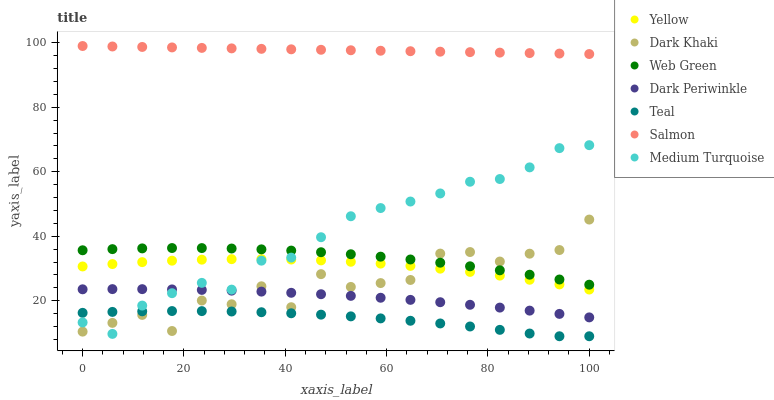
| xaxis_label | Yellow | Dark Khaki | Web Green | Dark Periwinkle | Teal | Salmon | Medium Turquoise |
 | --- | --- | --- | --- | --- | --- | --- | --- |
 | 0 | 30.6 | 10.4 | 35.7 | 23.6 | 16.3 | 99 | 13.3 |
 | 5.88 | 31.4 | 13.1 | 36 | 23.6 | 16.5 | 98.9 | 9.73 |
 | 11.8 | 32 | 15.6 | 36.2 | 23.6 | 16.7 | 98.7 | 18.5 |
 | 17.6 | 32.4 | 10.6 | 36.4 | 23.5 | 16.8 | 98.6 | 22.4 |
 | 23.5 | 32.7 | 20.1 | 36.3 | 23.4 | 16.8 | 98.4 | 25.6 |
 | 29.4 | 32.9 | 18.9 | 36.2 | 23.1 | 16.7 | 98.3 | 23.5 |
 | 35.3 | 32.9 | 24.5 | 35.9 | 22.8 | 16.5 | 98.1 | 32.4 |
 | 41.2 | 32.8 | 18 | 35.6 | 22.5 | 16.1 | 98 | 33.4 |
 | 47.1 | 32.5 | 28.3 | 35.1 | 22 | 15.7 | 97.8 | 39.7 |
 | 52.9 | 32.1 | 24.3 | 34.4 | 21.5 | 15.2 | 97.7 | 46.2 |
 | 58.8 | 31.5 | 25.5 | 33.7 | 20.9 | 14.5 | 97.5 | 48.8 |
 | 64.7 | 30.8 | 26.5 | 32.8 | 20.3 | 13.8 | 97.4 | 50.8 |
 | 70.6 | 30 | 34.6 | 31.8 | 19.6 | 13 | 97.2 | 53.3 |
 | 76.5 | 29 | 35.1 | 30.7 | 18.8 | 12 | 97.1 | 56.9 |
 | 82.4 | 27.8 | 32.2 | 29.4 | 17.9 | 11 | 97 | 57.8 |
 | 88.2 | 26.5 | 34.6 | 28.1 | 16.9 | 9.85 | 96.8 | 61.4 |
 | 94.1 | 25.1 | 35.7 | 26.6 | 15.9 | 9 | 96.7 | 67.3 |
 | 100 | 23.5 | 45.2 | 25 | 14.8 | 9 | 96.5 | 68.3 |